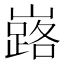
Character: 𡽘